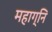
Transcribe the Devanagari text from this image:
महाग्नि